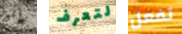
رائع لتعرف تفعل